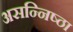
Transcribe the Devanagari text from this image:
असन्निष्ठा